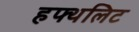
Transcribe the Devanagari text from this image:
हफ्थलिट